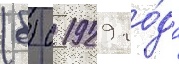
(б) с 1929 го́да